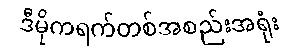
ဒီမိုကရက်တစ်အစည်းအရုံး